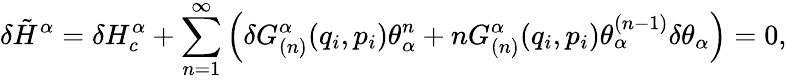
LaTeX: \delta\tilde{H}^{\alpha}=\delta H_{c}^{\alpha}+\sum_{n=1}^{\infty}\left(\delta G_{(n)}^{\alpha}(q_{i},p_{i})\theta_{\alpha}^{n}+nG_{(n)}^{\alpha}(q_{i},p_{i})\theta_{\alpha}^{(n-1)}\delta\theta_{\alpha}\right)=0,